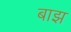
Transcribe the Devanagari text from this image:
बाझ